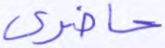
حاضري